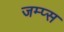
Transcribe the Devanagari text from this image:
जम्प्स